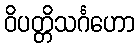
ဝိပတ္တိသင်္ဂဟော